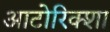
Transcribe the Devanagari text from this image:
आटोरिक्शा